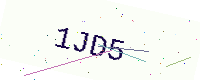
Text: 1JD5